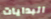
البدايات